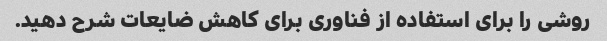
روشی را برای استفاده از فناوری برای کاهش ضایعات شرح دهید.